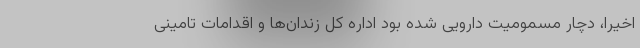
اخیرا، دچار مسمومیت دارویی شده بود اداره کل زندان‌ها و اقدامات تامینی